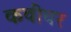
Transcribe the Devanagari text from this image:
कवींवर